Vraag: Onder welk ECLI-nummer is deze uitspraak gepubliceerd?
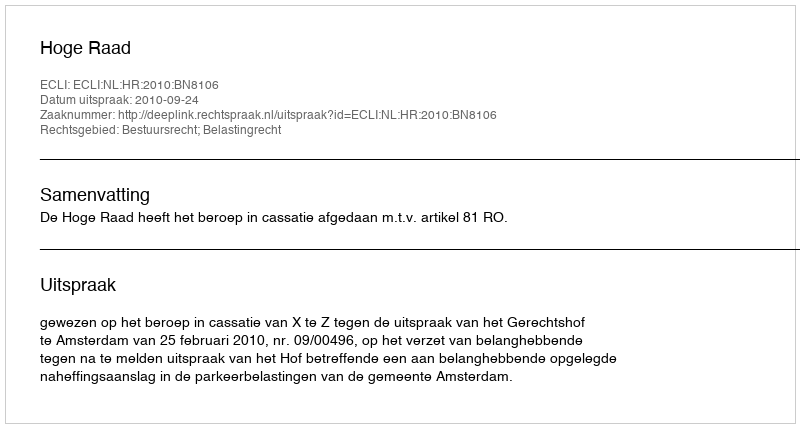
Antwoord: ECLI:NL:HR:2010:BN8106